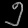
Digit: ၅